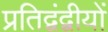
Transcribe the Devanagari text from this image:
प्रतिद्वंद्वीयों